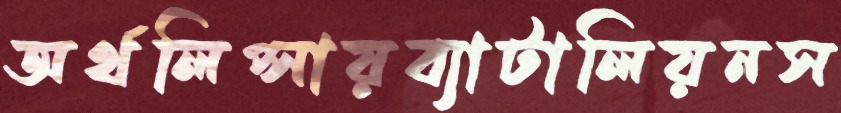
অর্থলিপ্সায়ব্যাটালিয়নস